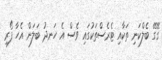
ގޭގޭ ބެލްކަނި ތަކާއި ޓެރެސްތަކުގައި ވެސް އެ ހަނދު ބަލަން އެހާ ފޯރި